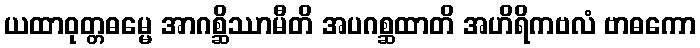
ယထာဝုတ္တဓမ္မေ အာဂစ္ဆိဿာမီတိ အပဂစ္ဆထာတိ အဟိရိကဗလံ ဗာဓကော